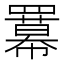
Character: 羃